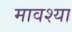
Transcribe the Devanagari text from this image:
मावश्या